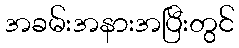
အခမ်းအနားအပြီးတွင်